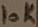
Text: 10K